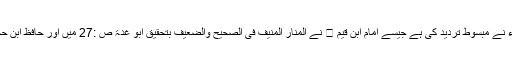
حیاۃ خضر علیہ السلام کی بڑے بڑے علماء نے مبسوط تردید کی ہے جیسے امام ابن قیم  نے المنار المنیف فی الصحیح والضعیف بتحقیق ابو غدۃ ص :27 میں اور حافظ ابن حجر عسقلانی نے فتح الباری (6؍309) میں۔